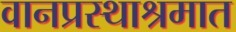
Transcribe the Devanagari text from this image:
वानप्रस्थाश्रमात